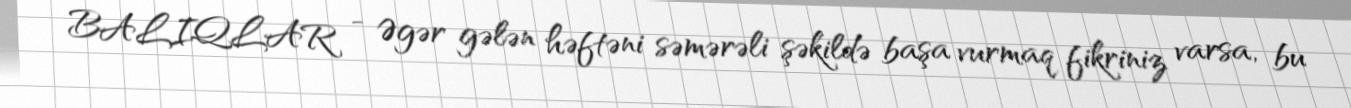
BALIQLAR - Əgər gələn həftəni səmərəli şəkildə başa vurmaq fikriniz varsa, bu